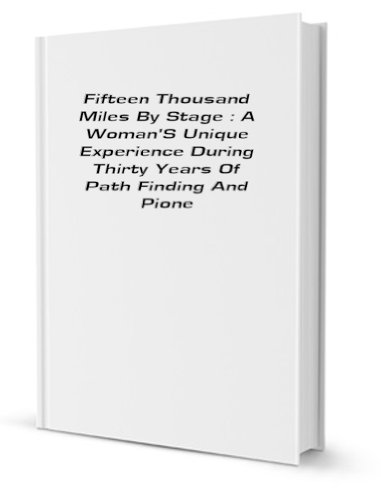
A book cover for Fifteen thousand miles by stage; Carrie Adell Strahorn; Travel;